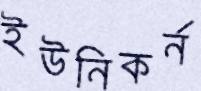
ইউনিকর্ন